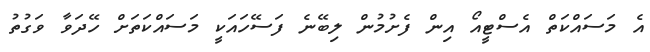
އެ މަސައްކަތް އެސްޓީއޯ އިން ފެށުމުން ލިބޭނެ ފަސޭހައަކީ މަސައްކަތަށް ހޭދަވާ ވަގުތު